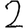
Digit: 2